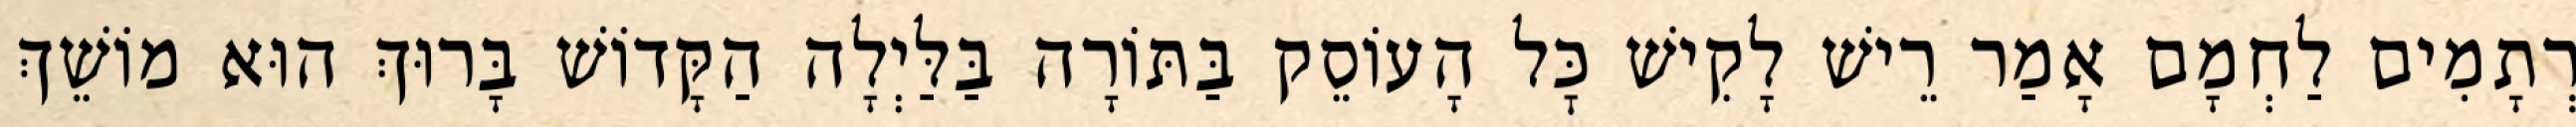
רְתָמִים לַחְמָם אָמַר רֵישׁ לָקִישׁ כׇּל הָעוֹסֵק בַּתּוֹרָה בַּלַּיְלָה הַקָּדוֹשׁ בָּרוּךְ הוּא מוֹשֵׁךְ